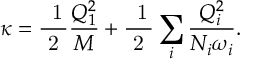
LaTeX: \kappa = \mathrm { \frac { ~ 1 } { ~ 2 ~ } } \frac { Q _ { 1 } ^ { 2 } } { { \cal M } } + \mathrm { \frac { ~ 1 } { ~ 2 ~ } } \sum _ { i } \frac { Q _ { i } ^ { 2 } } { { \cal N } _ { i } \omega _ { i } } .